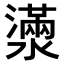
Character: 𤁞